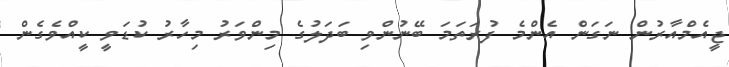
ޖީއެމްއާރުން ނަގަން އެންމެ ފުރަތަމަ ބޭނުންވި ބަދަލުގެ މިންވަރު މިހާރު ކުޑަވީ ކީއްވެގެން